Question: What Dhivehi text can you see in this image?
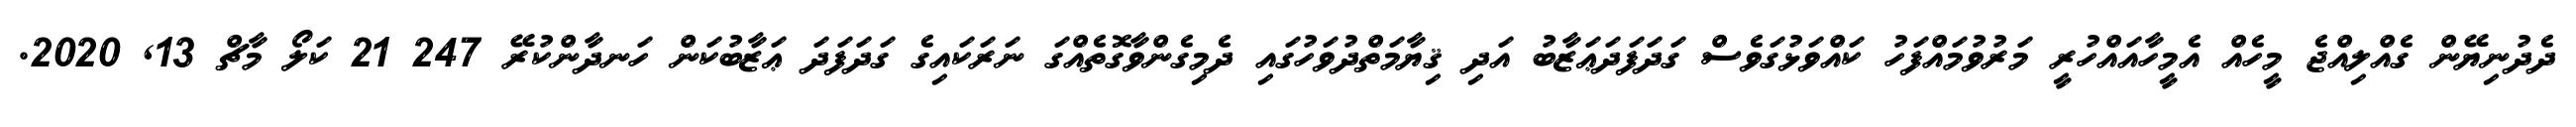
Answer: ދެދުނިޔޭން ގެއްލިއްޖެ މީހެއް އެމީހާއައްހުރީ މަރުވުމައްފަހު ކައްވަޅުގަވެސް ގަދަފަދަޢަޒާބު އަދި ޤިޔާމަތްދުވަހުގައި ދެމިގެންވާގޮތެއްގަ ނަރަކައިގެ ގަދަފަދަ ޢަޒާބުކަން ހަނދާންކުރޭ 247 21 ކަލޯ މާޗް 13, 2020.